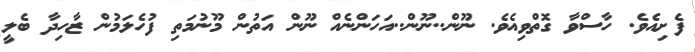
ފެށިއެވެ. ހާސްވާ ގޮތްވިއެވެ. ނޫން..ނޫން..އަހަންނެއް ނޫން އަތުން މޫނުމަތި ފުހެލަމުން ޒާހިދާ ބެލީ